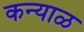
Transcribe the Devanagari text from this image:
कन्याळ